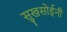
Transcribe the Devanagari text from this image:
सुखसोईनी